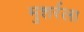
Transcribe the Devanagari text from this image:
मुशर्रला